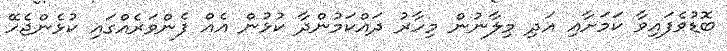
ބޮޑުވެފައިވާ ކަމަށާއި އަދި މިލާނުން މިހާރު ދައްކަމުންދާ ކުޅުން އެއް ފެންވަރެއްގައި ކުޅެންޖެހޭ